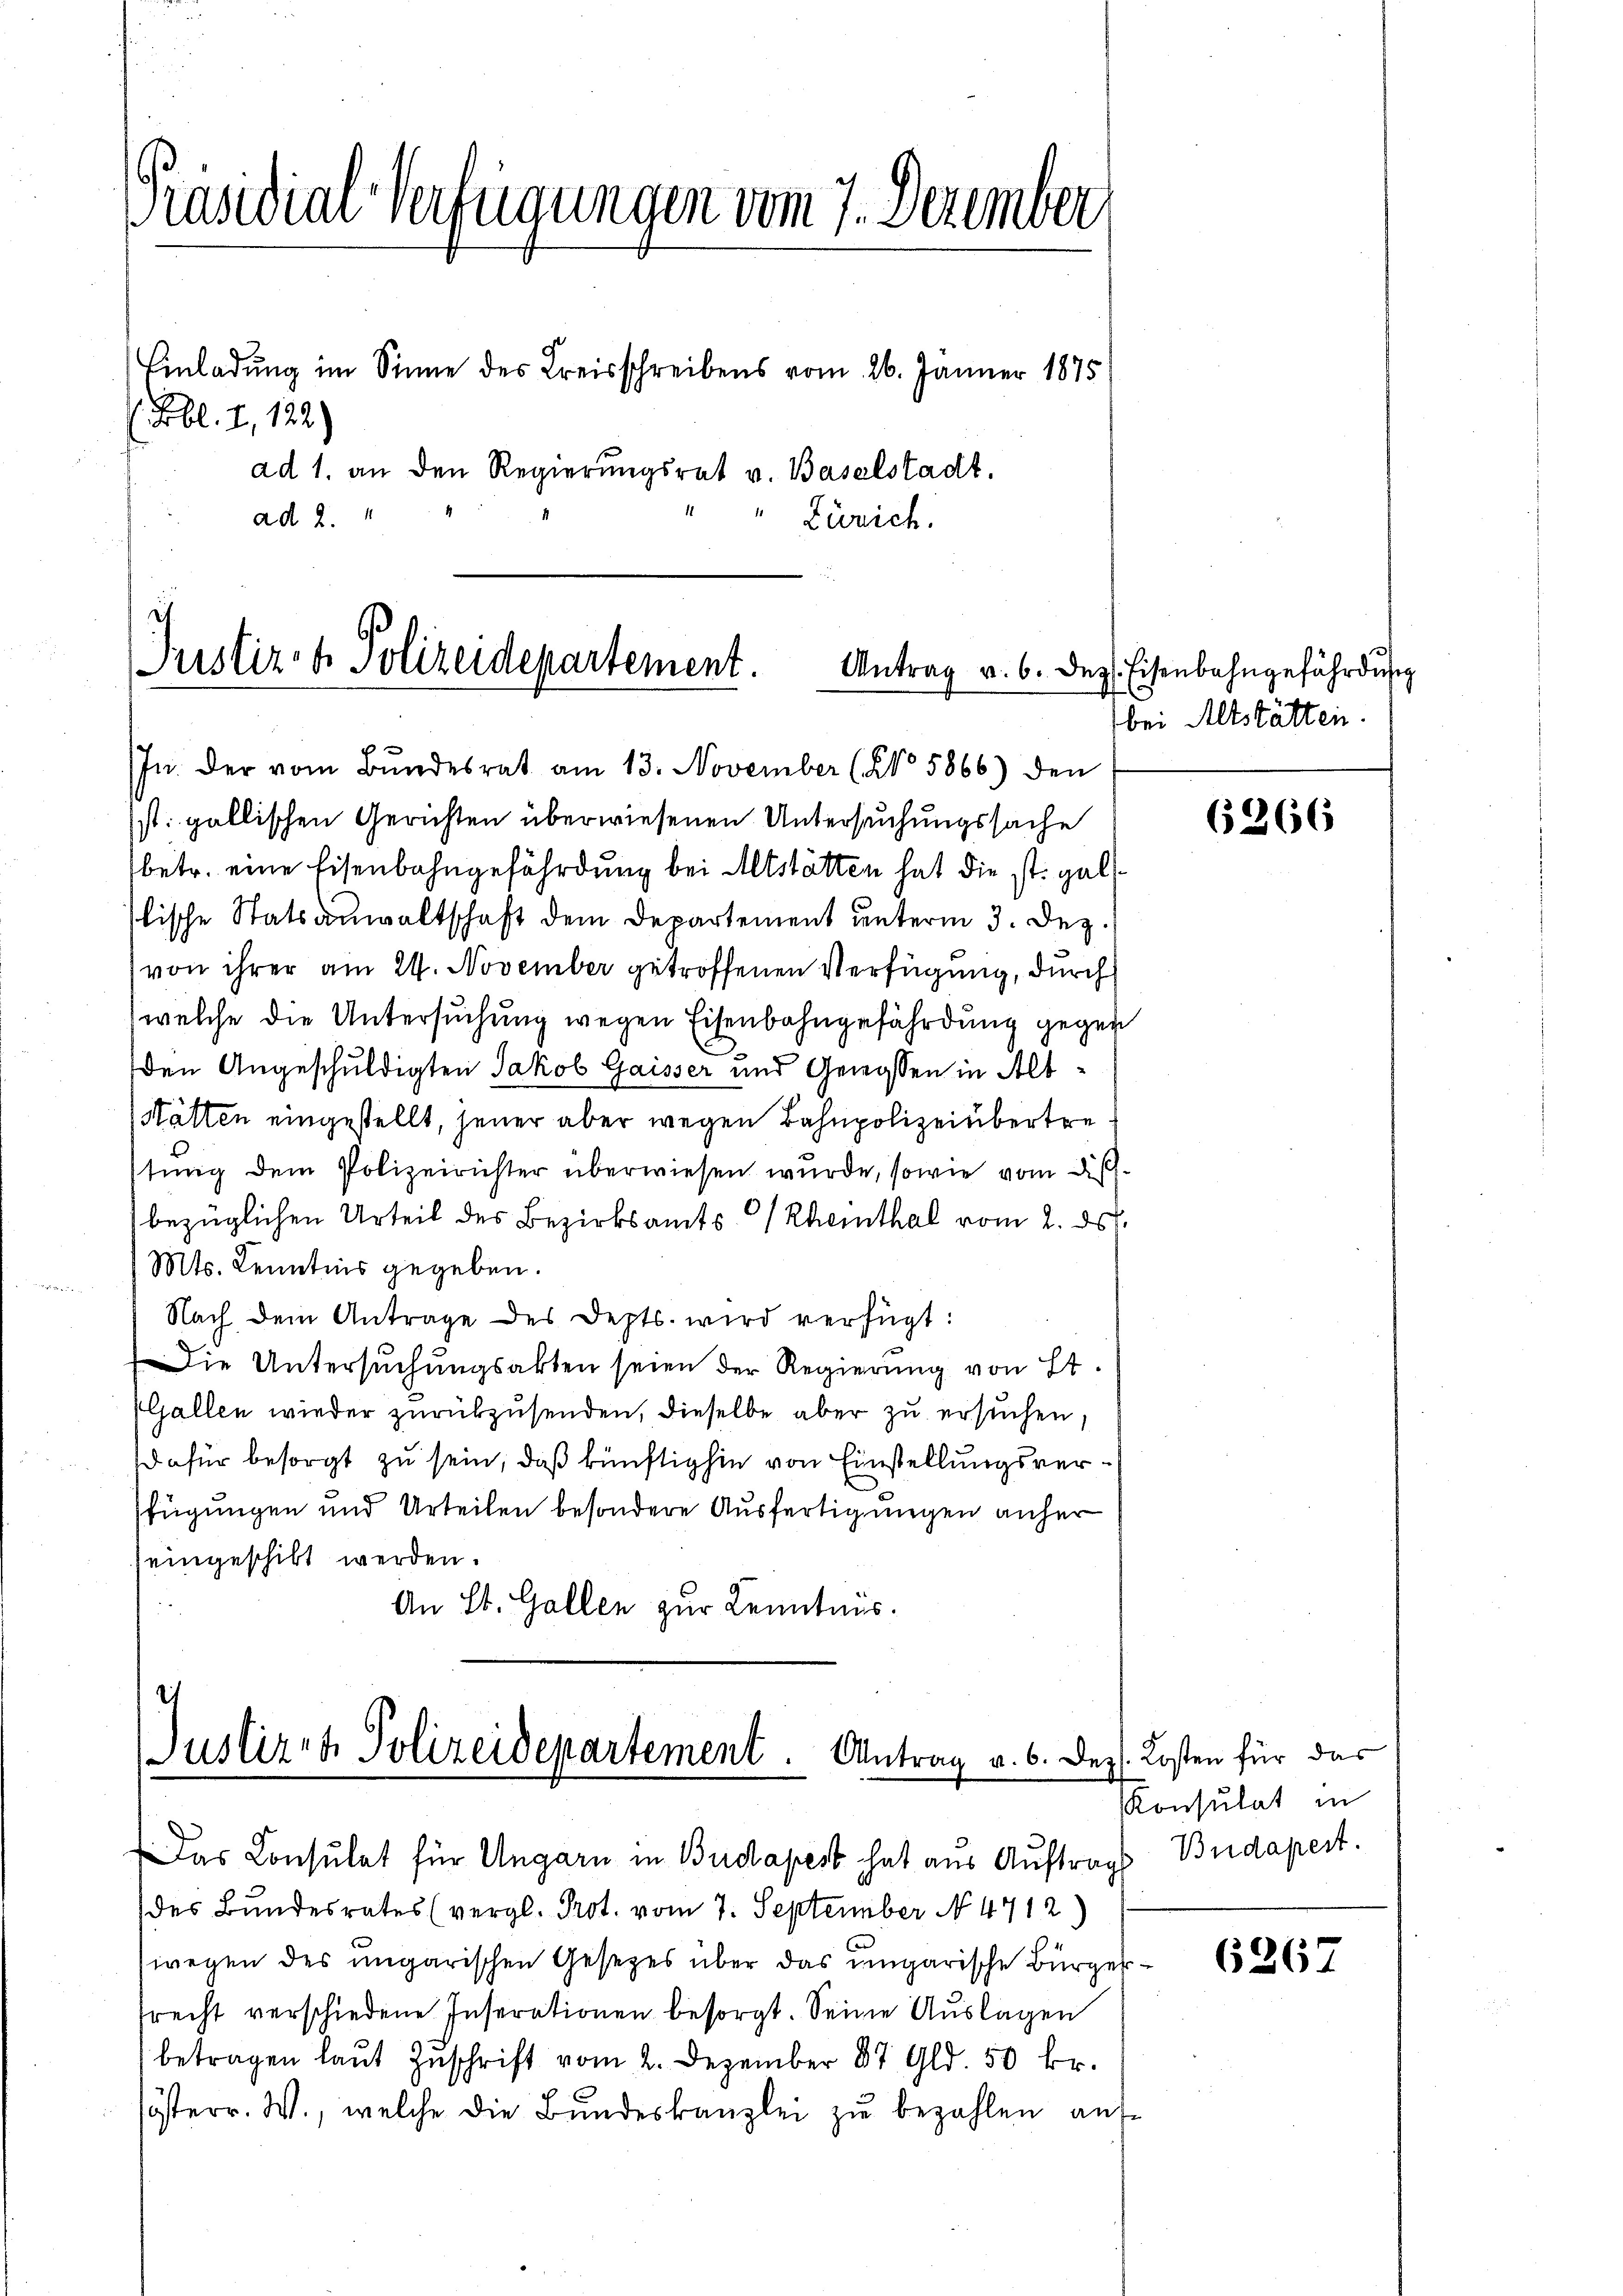
Präsidial-Verfügungen vom 7. Dezember

Fbl. I, 122)
ad 2. 14

Justiz- & Polizeidepartement.
Antrag v. 6. Dez.
In der vom Bŭndesrat am 13. November (No 5866) den

st. gallischen Gerichten überwiesenen Untersuchungssache
betr. eine Eisenbahngefährdung bei Altstätten hat die st. gal
slische Statsanwaltschaft dem Departement unterm 3. Dez.
von ihrer am 24. November getroffenen Verfügung, durch
welche die Untersuchung wegen Eisenbahngefährdung gegen
den Angeschuldigten Jakob Gaisser und Genossen in Alt¬
Hätten eingestellt, jener aber wegen Bahnpolizeiübertreting dem Polizeirichter überwiesen wurde, sowie vom Fischbezüglichen Urteil des Bezirksamts Rheinthal vom 2. d.
Mts. Kenntnis gegeben.
Nach dem Antrage des Depts. wird verfügt:
Die Untersuchungsakten seien der Regierung von St.
Gallen wieder zurükzusenden, dieselbe aber zu ersuchen,
dafür besorgt zu sein, daß künftighin von Einstellungsverfügungen und Urteilen besondere Ausfertigungen anher
seingeschikt werden.
An St. Gallen zur Kenntnis.

2
Justiz- & Polizeidepartement. Antrag

des Bundesrates (vergl. Prot. vom 7. September N. 4412)
wegen des ungarischen Gesezes über das ungarische Bürgerrecht verschiedene Inserationen besorgt. Seine Auslagen
betragen laŭt Zŭschrift vom 2. Dezember 87 Gld. 50 kr.
sösterr. W., welche die Bŭndeskanzlei zŭ bezahlen auf¬

Das Consulat für Ungarn in Budapest hat aus Auftrags Budapert.

Einladung im Sinne des Kreisschreibens vom 26. Jänner 1875
ad 1. an den Regierungsrat v. Baselstadt.
" Zürich.

Eisenbahngefährdung
bei Altstätten.

6366

Kosten für das
Konsulat in

6267